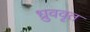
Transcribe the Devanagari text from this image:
ध्रुववृत